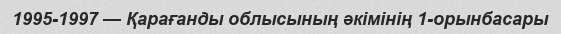
1995-1997 — Қарағанды облысының әкімінің 1-орынбасары